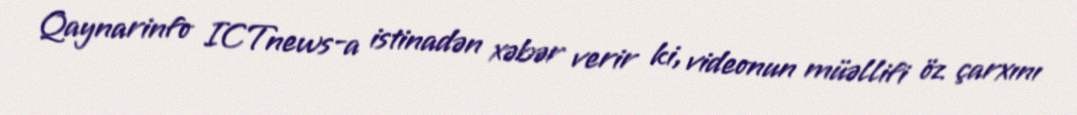
Qaynarinfo ICTnews-a istinadən xəbər verir ki, videonun müəllifi öz çarxını